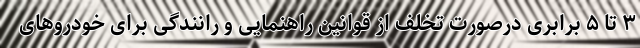
۳ تا ۵ برابری درصورت تخلف از قوانین راهنمایی و رانندگی برای خودرو‌های